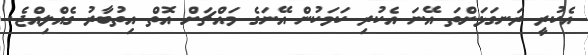
އެކުރީ ރަނގަޅަށްތަ އޭނަ އެކުރި ކަމަކުން އޭނަގެ މައްޗަށް އޮތް އިތުބާރު ގެއްލިއްޖެ.